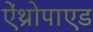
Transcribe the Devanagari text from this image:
ऐंथ्रोपाएड